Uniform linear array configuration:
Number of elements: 12
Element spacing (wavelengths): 1
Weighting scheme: kaiser
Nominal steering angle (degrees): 60
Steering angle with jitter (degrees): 58.383
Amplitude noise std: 0.05
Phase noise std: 0.05

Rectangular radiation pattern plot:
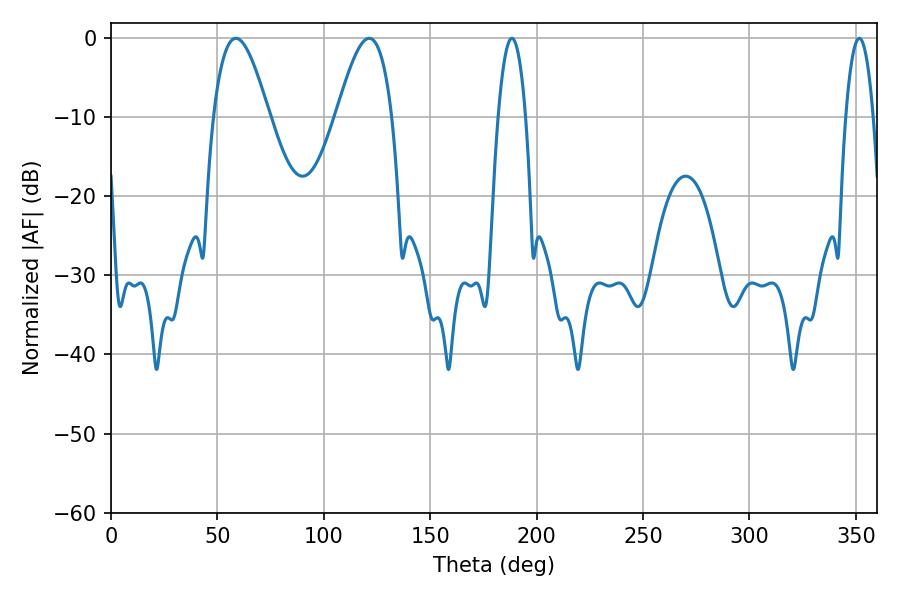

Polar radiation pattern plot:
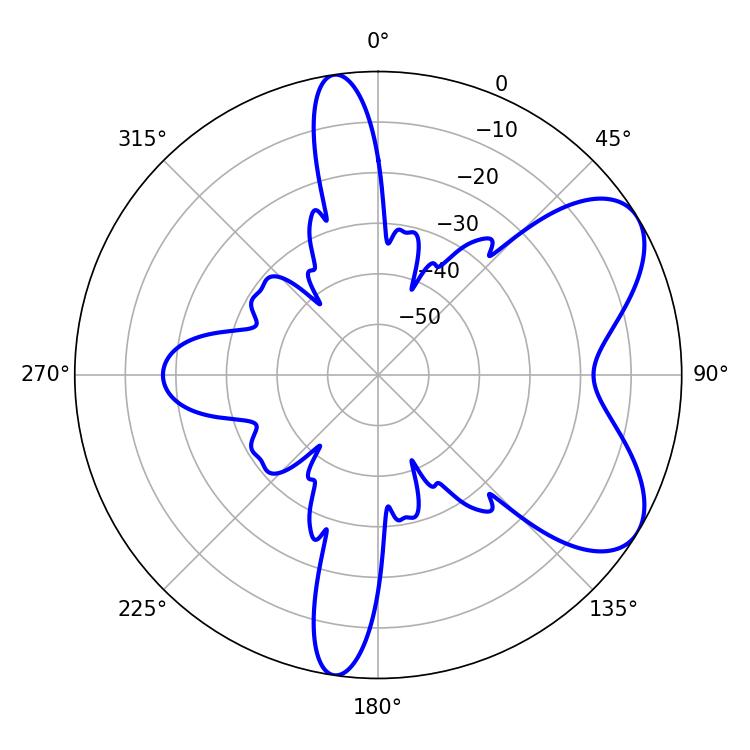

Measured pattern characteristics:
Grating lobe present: TRUE
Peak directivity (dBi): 6.688
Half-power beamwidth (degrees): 14.22
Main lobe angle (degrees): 58.68